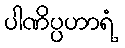
ပါဏိပ္ပဟာရံ